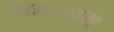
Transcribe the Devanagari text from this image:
यादराम